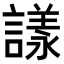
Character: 𧫛